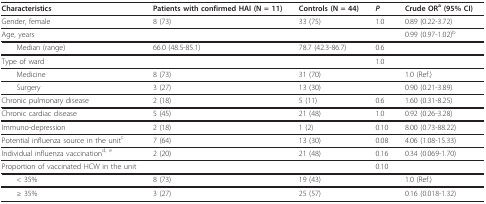
<table><thead><tr><td><b>Characteristics</b></td><td><b>Patients with confirmed HAI (N = 11)</b></td><td><b>Controls (N = 44)</b></td><td><b><i>P</i></b></td><td><b>Crude OR<sup>a </sup>(95% CI)</b></td></tr></thead><tbody><tr><td>Gender, female</td><td>8 (73)</td><td>33 (75)</td><td>1.0</td><td>0.89 (0.22-3.72)</td></tr><tr><td>Age, years</td><td></td><td></td><td></td><td>0.99 (0.97-1.02)<sup>b</sup></td></tr><tr><td> Median (range)</td><td>66.0 (48.5-85.1)</td><td>78.7 (42.3-86.7)</td><td>0.6</td><td></td></tr><tr><td>Type of ward</td><td></td><td></td><td>1.0</td><td></td></tr><tr><td> Medicine</td><td>8 (73)</td><td>31 (70)</td><td></td><td>1.0 (Ref.)</td></tr><tr><td> Surgery</td><td>3 (27)</td><td>13 (30)</td><td></td><td>0.90 (0.21-3.89)</td></tr><tr><td>Chronic pulmonary disease</td><td>2 (18)</td><td>5 (11)</td><td>0.6</td><td>1.60 (0.31-8.25)</td></tr><tr><td>Chronic cardiac disease</td><td>5 (45)</td><td>21 (48)</td><td>1.0</td><td>0.92 (0.26-3.28)</td></tr><tr><td>Immuno-depression</td><td>2 (18)</td><td>1 (2)</td><td>0.10</td><td>8.00 (0.73-88.22)</td></tr><tr><td>Potential influenza source in the unit<sup>c</sup></td><td>7 (64)</td><td>13 (30)</td><td>0.08</td><td>4.06 (1.08-15.33)</td></tr><tr><td>Individual influenza vaccination<sup>d, e</sup></td><td>2 (20)</td><td>21 (48)</td><td>0.16</td><td>0.34 (0.069-1.70)</td></tr><tr><td>Proportion of vaccinated HCW in the unit</td><td></td><td></td><td>0.10</td><td></td></tr><tr><td> &lt; 35%</td><td>8 (73)</td><td>19 (43)</td><td></td><td>1.0 (Ref.)</td></tr><tr><td> ≥ 35%</td><td>3 (27)</td><td>25 (57)</td><td></td><td>0.16 (0.018-1.32)</td></tr></tbody></table>